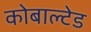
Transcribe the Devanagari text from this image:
कोबाल्टेड